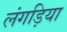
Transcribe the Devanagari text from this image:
लंगड़िया